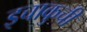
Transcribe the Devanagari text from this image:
इचाकुची